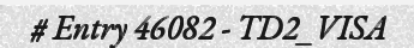
# Entry 46082 - TD2_VISA